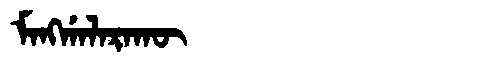
Manchu: ᠮᠠᠩᡤᠠᠯᠠᡵᠠᡴᡡ
Romanization: MANGGALARAKŪ